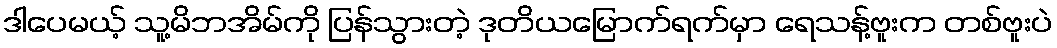
ဒါပေမယ့် သူ့မိဘအိမ်ကို ပြန်သွားတဲ့ ဒုတိယမြောက်ရက်မှာ ရေသန့်ဗူးက တစ်ဗူးပဲ